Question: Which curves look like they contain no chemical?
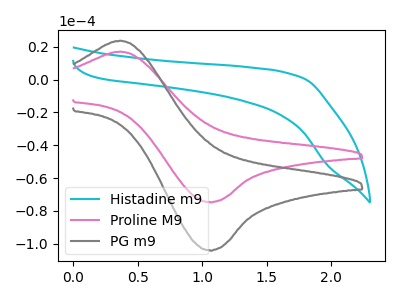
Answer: <think>The cyan curve "Histadine m9" has no peaks. The pink curve "Proline M9" has an anodic peak at (0.35V, 17.00uA) and a cathodic peak at (1.05V, -74.65uA). The gray curve "PG m9" has an anodic peak at (0.35V, 23.65uA) and a cathodic peak at (1.05V, -103.95uA).</think>
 <answer>"Histadine m9" is likely to be a blank.</answer>
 <eval>Histadine m9</eval>